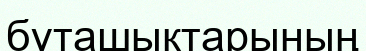
бұташықтарының